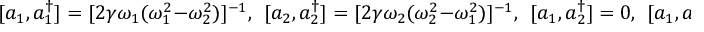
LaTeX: [ a _ { 1 } , a _ { 1 } ^ { \dagger } ] = [ 2 \gamma \omega _ { 1 } ( \omega _ { 1 } ^ { 2 } - \omega _ { 2 } ^ { 2 } ) ] ^ { - 1 } , ~ ~ [ a _ { 2 } , a _ { 2 } ^ { \dagger } ] = [ 2 \gamma \omega _ { 2 } ( \omega _ { 2 } ^ { 2 } - \omega _ { 1 } ^ { 2 } ) ] ^ { - 1 } , ~ ~ [ a _ { 1 } , a _ { 2 } ^ { \dagger } ] = 0 , ~ ~ [ a _ { 1 } , a _ { 2 } ] = 0 .